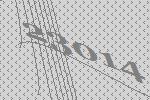
23014